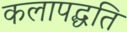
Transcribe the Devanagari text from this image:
कलापद्धति